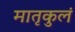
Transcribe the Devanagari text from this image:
मातृकुलं